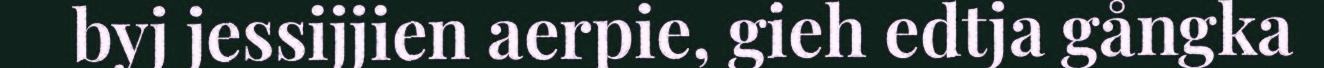
byj jessijjien aerpie, gieh edtja gångka